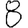
Digit: 8